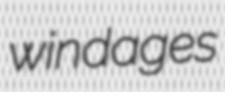
windages